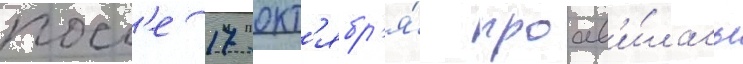
посл'е 17 окт'ябр'я́ проав'и́лась